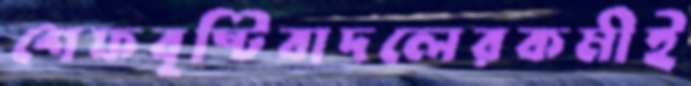
শেফবৃষ্টিবাদলেরকর্মীই